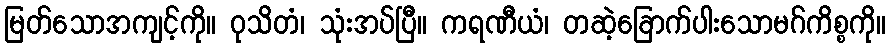
မြတ်သောအကျင့်ကို။ ဝုသိတံ၊ သုံးအပ်ပြီ။ ကရဏီယံ၊ တဆဲ့ခြောက်ပါးသောမဂ်ကိစ္စကို။